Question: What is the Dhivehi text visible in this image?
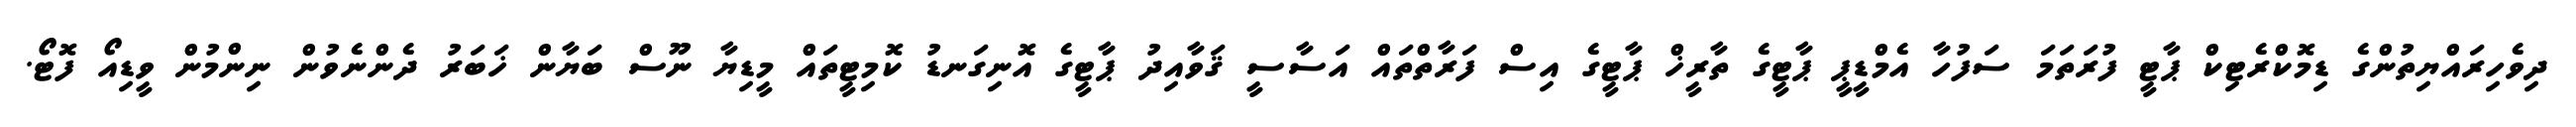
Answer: ދިވެހިރައްޔިތުންގެ ޑިމޮކްރެޓިކް ޕާޓީ ފުރަތަމަ ސަފުހާ އެމްޑީޕީ ޕާޓީގެ ތާރީޚް ޕާޓީގެ އިސް ފަރާތްތައް އަސާސީ ޤަވާއިދު ޕާޓީގެ އޮނިގަނޑު ކޮމިޓީތައް މީޑިޔާ ނޫސް ބަޔާން ޚަބަރު ދެންނެވުން ނިންމުން ވީޑިއޯ ފޮޓޯ.